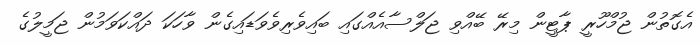
އެގޮތުން ޖުމްހޫރީ ޕާޓީން މިރޭ ބޭއްވި ޖަލްސާއެއްގައި ބައިވެރިވެވަޑައިގެން ވާހަކަ ދައްކަވަމުން ޖަމީލުގެ